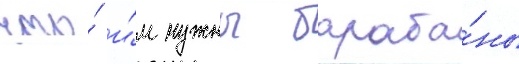
что́ и́м нужны бараба́ны